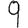
Digit: 9